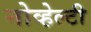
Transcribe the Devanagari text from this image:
नोव्हेल्टी